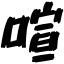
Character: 喧